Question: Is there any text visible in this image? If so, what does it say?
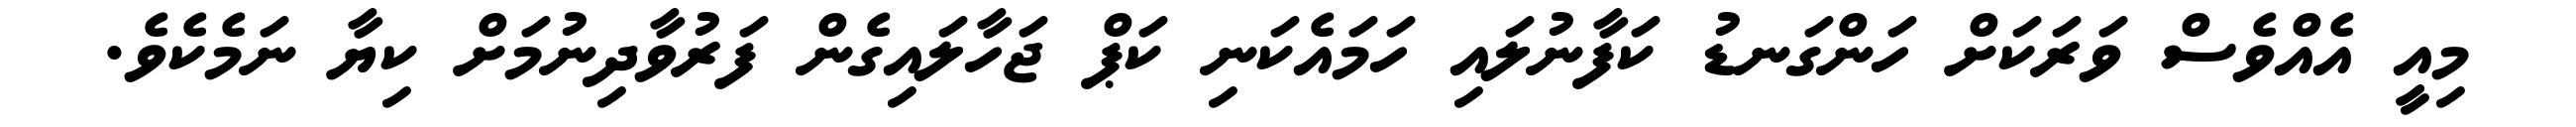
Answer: މިއީ އެއްވެސް ވަރަކަށް ހަންގަނޑު ކަފާނުލައި ހަމައެކަނި ކަޕް ޖަހާލައިގެން ފަރުވާދިނުމަށް ކިޔާ ނަމެކެވެ.